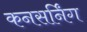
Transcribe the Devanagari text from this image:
कनसर्निंग